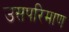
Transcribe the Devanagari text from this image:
उसपरिमाण